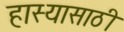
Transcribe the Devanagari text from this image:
हास्यासाठी